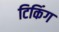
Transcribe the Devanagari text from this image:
टिकिंग